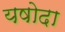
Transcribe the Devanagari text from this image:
यषोदा